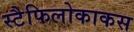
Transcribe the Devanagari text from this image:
स्टैफिलोकाकस